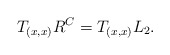
\begin{align*}T_{(x,x)}R^C=T_{(x,x)}L_2.\end{align*}